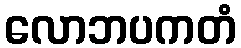
လောဘပကတံ